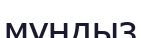
мұндыз